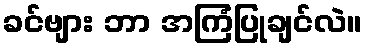
ခင်ဗျား ဘာ အကြံပြုချင်လဲ။